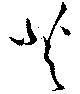
芝